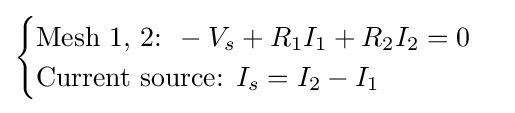
{\begin{cases}{\text{Mesh 1, 2: }}-V_{s}+R_{1}I_{1}+R_{2}I_{2}=0\\{\text{Current source: }}I_{s}=I_{2}-I_{1}\end{cases}}